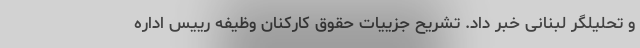
و تحلیلگر لبنانی خبر داد. تشریح جزییات حقوق کارکنان وظیفه رییس اداره